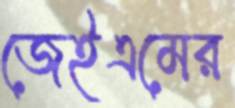
জেইএমের